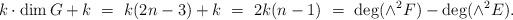
LaTeX: \begin{align*}k \cdot \dim G + k \ = \ k(2n-3) + k \ = \ 2k(n-1) \ = \ \deg (\wedge^2 F) - \deg (\wedge^2 E). \end{align*}